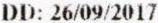
DD: 26/09/2017